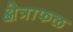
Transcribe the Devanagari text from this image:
क्षेत्राफळ